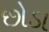
છોડા